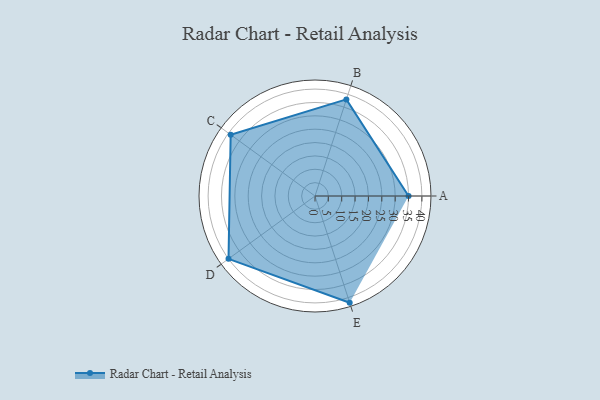
{"axis": {"x": "Skill", "y": "Score"}, "legend": ["Profile"], "data": [{"x": "A", "y": 35.0, "type": "Profile"}, {"x": "B", "y": 38.0, "type": "Profile"}, {"x": "C", "y": 39.0, "type": "Profile"}, {"x": "D", "y": 40.0, "type": "Profile"}, {"x": "E", "y": 42.0, "type": "Profile"}]}